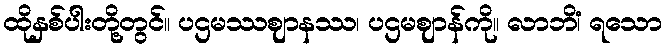
ထိုနှစ်ပါးတို့တွင်။ ပဌမဿဈာနဿ၊ ပဌမဈာန်ကို။ လာဘိံ၊ ရသော